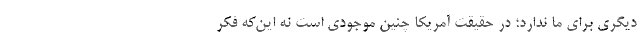
دیگری برای ما ندارد؛ در حقیقت آمریکا چنین موجودی است نه این‌که فکر